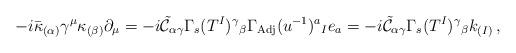
\begin{align*}-i\bar{\kappa}_{(\alpha)}\gamma^{\mu}\kappa_{(\beta)}\partial_{\mu} = -i\tilde{\mathcal{C}}_{\alpha\gamma} \Gamma_{s}(T^{I})^{\gamma}{}_{\beta} \Gamma_{\rm Adj}(u^{-1})^{a}{}_{I} e_{a} = -i\tilde{\mathcal{C}}_{\alpha\gamma} \Gamma_{s}(T^{I})^{\gamma}{}_{\beta}k_{(I)}\, ,\end{align*}